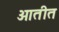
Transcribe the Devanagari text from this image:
ओतीत